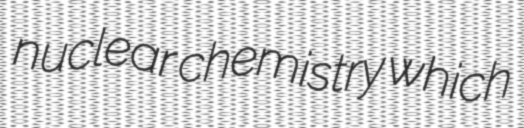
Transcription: nuclear chemistry which